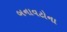
બનાવટોના